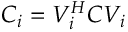
C _ { i } = V _ { i } ^ { H } C V _ { i }